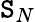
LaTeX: \mathtt{S}_{N}